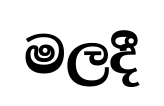
මලදී